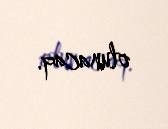
olunacaq.